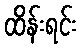
ထိန်းရင်း